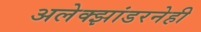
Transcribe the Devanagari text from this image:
अलेक्झांडरनेही